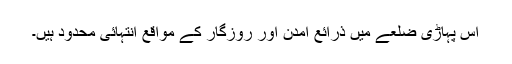
اس پہاڑی ضلعے میں ذرائع آمدن اور روزگار کے مواقع انتہائی محدود ہیں۔